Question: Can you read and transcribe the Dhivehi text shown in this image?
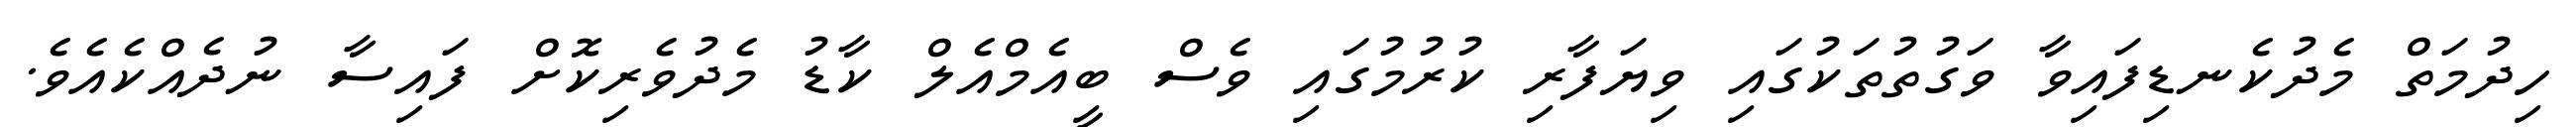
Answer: ހިދުމަތް މެދުކެނޑިފައިވާ ވަގުތުތަކުގައި ވިޔަފާރި ކުރުމުގައި ވެސް ބީއެމްއެލް ކާޑު މެދުވެރިކޮށް ފައިސާ ނުދެއްކެއެވެ.